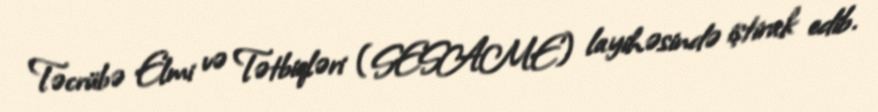
Təcrübə Elmi və Tətbiqləri (SESAME) layihəsində iştirak edib.